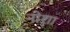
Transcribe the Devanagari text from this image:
नोशा